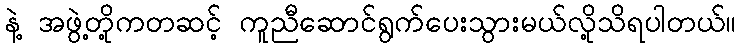
နဲ့ အဖွဲ့တို့ကတဆင့် ကူညီဆောင်ရွက်ပေးသွားမယ်လို့သိရပါတယ်။